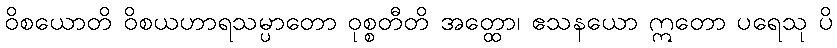
ဝိစယောတိ ဝိစယဟာရသမ္ပာတော ဝုစ္စတီတိ အတ္ထော၊ ဧသနယော ဣတော ပရေသု ပိ